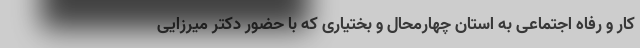
کار و رفاه اجتماعی به استان چهارمحال و بختیاری که با حضور دکتر میرزایی